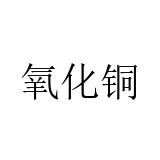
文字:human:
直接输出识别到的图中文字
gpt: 氧化铜